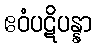
ဧဝံပဋိပန္နာ